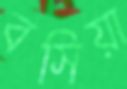
বসিয়া